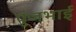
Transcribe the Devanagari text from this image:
पुंजभाई